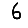
Digit: 6